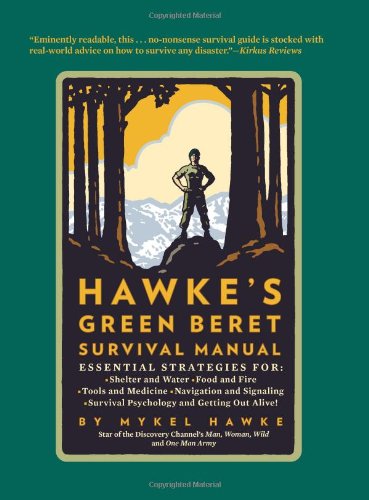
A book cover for Hawke's Green Beret Survival Manual: Essential Strategies For: Shelter and Water, Food and Fire, Tools and Medicine, Navigation and Signa; Mykel Hawke; Reference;